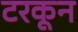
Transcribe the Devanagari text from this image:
टरकून